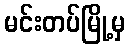
မင်းတပ်မြို့မှ